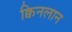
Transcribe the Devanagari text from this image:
क्विनलान